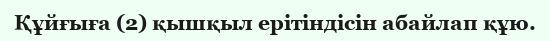
Құйғыға (2) қышқыл ерітіндісін абайлап құю.